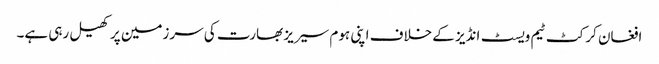
افغان کرکٹ ٹیم ویسٹ انڈیز کے خلاف اپنی ہوم سیریز بھارت کی سرزمین پر کھیل رہی ہے۔